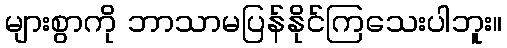
များစွာကို ဘာသာမပြန်နိုင်ကြသေးပါဘူး။